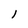
Character: l